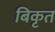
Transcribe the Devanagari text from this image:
बिकृत